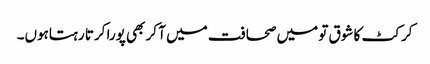
کرکٹ کا شوق تو میں صحافت میں آ کر بھی پورا کرتا رہتاہوں۔